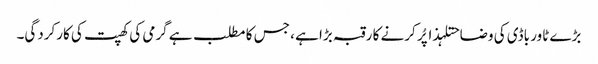
بڑے ٹاور باڈی کی وضاحتلہذا پُر کرنے کا رقبہ بڑا ہے ، جس کا مطلب ہے گرمی کی کھپت کی کارکردگی۔